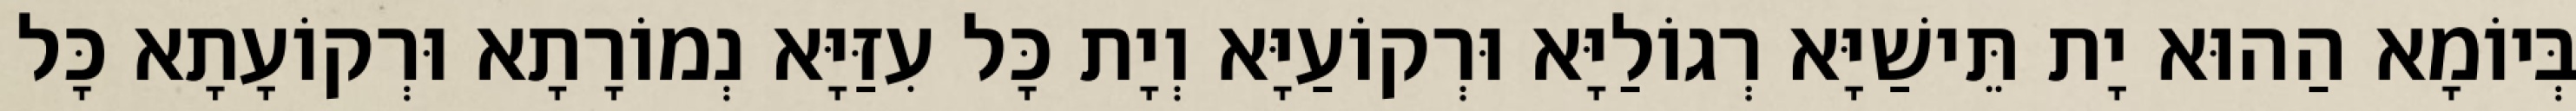
בְּיוֹמָא הַהוּא יָת תֵּישַׁיָּא רְגוֹלַיָּא וּרְקוֹעַיָּא וְיָת כָּל עִזַּיָּא נְמוֹרָתָא וּרְקוֹעָתָא כָּל